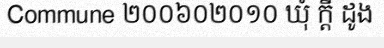
Commune ២០០៦០២០១០ ឃុំ ក្តី ដូង